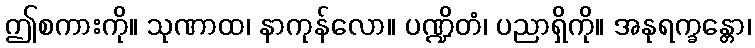
ဤစကားကို။ သုဏာထ၊ နာကုန်လော။ ပဏ္ဍိတံ၊ ပညာရှိကို။ အနုရက္ခန္တော၊